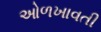
ઓળખાવતી